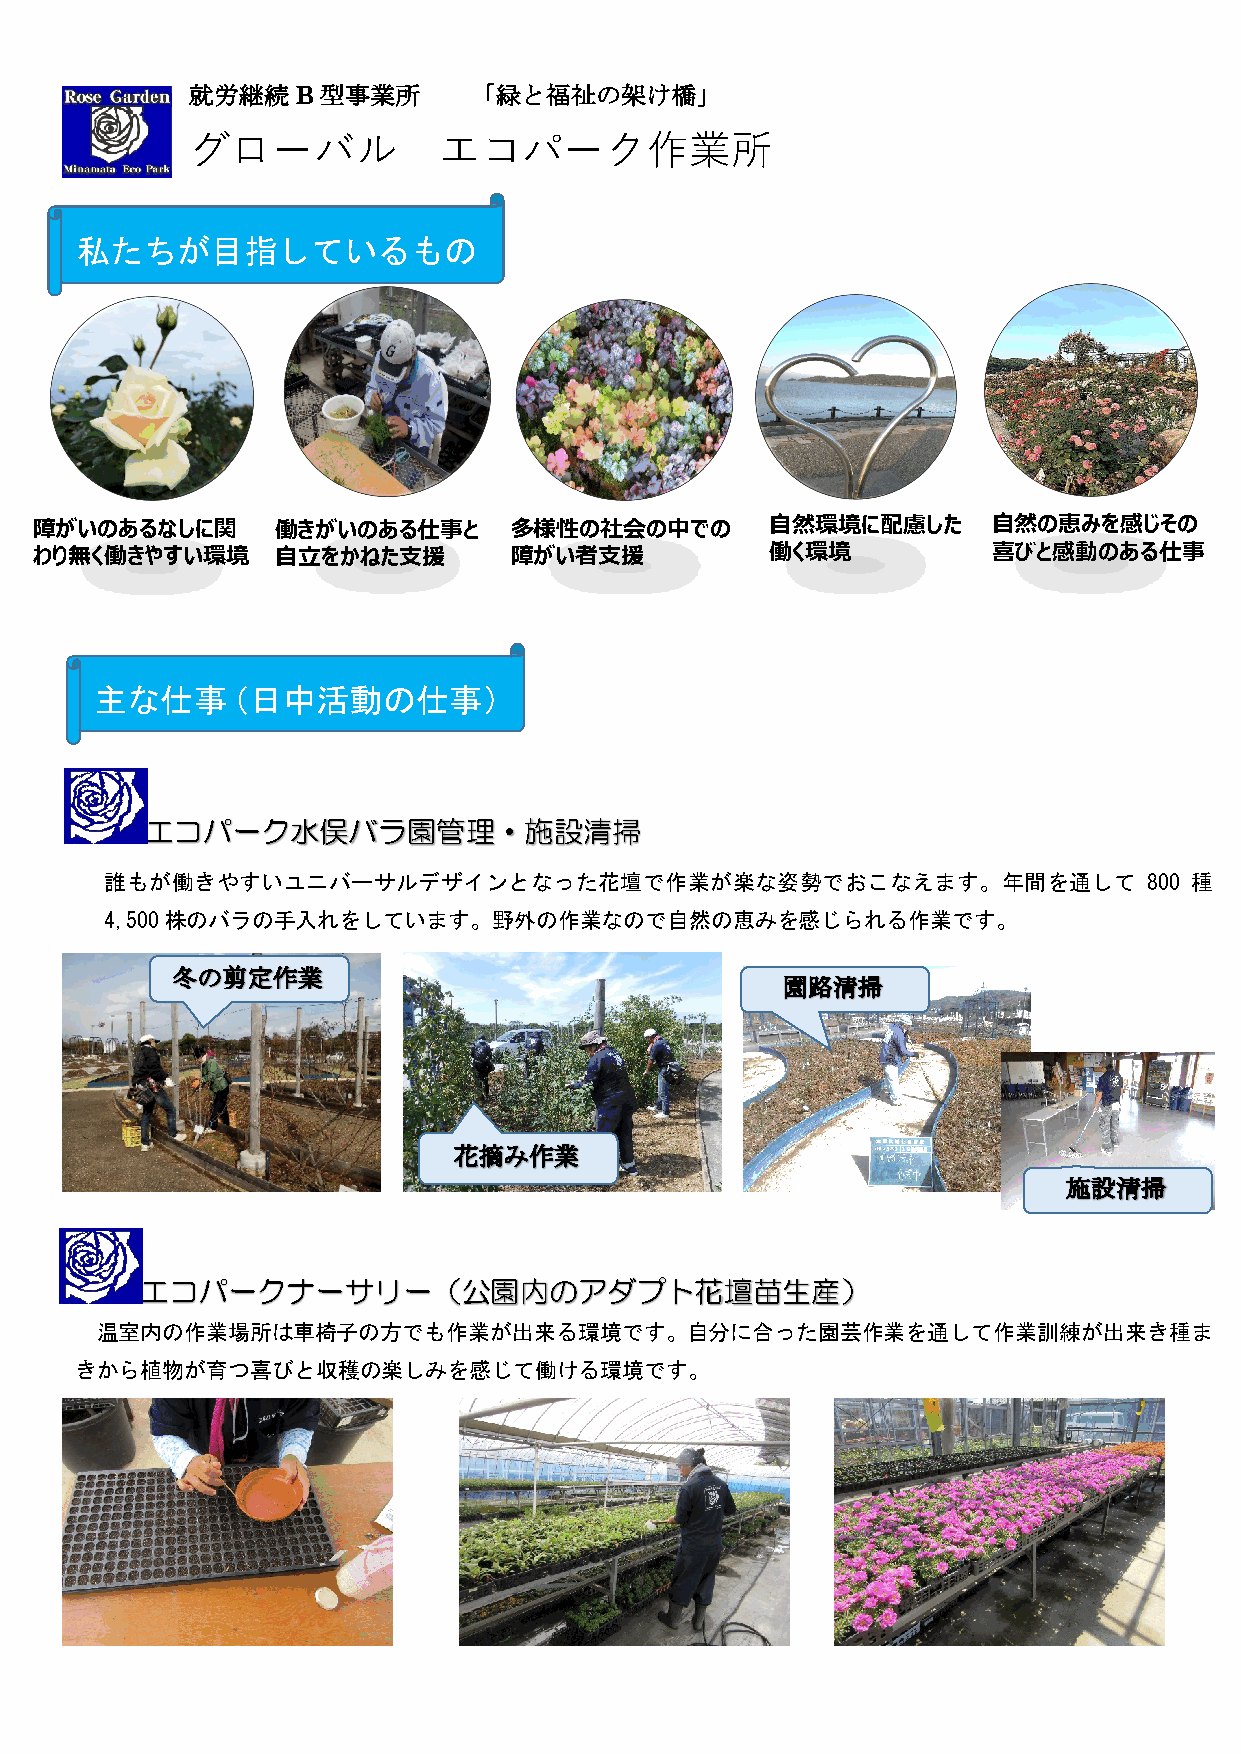
就労継続    B 型事業所     「緑と福祉の架け橋」
 グローバル            エコパーク作業所
 私たちが目指しているもの
 障がいのあるなしに関      働きがいのある仕事と      多様性の社会の中での       ⾃然環境に配慮した      ⾃然の恵みを感じその
 わり無く働きやすい環境     ⾃⽴をかねた⽀援        障がい者⽀援           働く環境           喜びと感動のある仕事
 主な仕事（日中活動の仕事）
 エコパーク水俣バラ園管理・施設清掃
 誰もが働きやすいユニバーサルデザインとなった花壇で作業が楽な姿勢でおこなえます。年間を通して                       800 種
 4,500株のバラの手入れをしています。野外の作業なので自然の恵みを感じられる作業です。
 エコパークナーサリー（公園内のアダプト花壇苗生産）
 温室内の作業場所は車椅子の方でも作業が出来る環境です。自分に合った園芸作業を通して作業訓練が出来き種ま
 きから植物が育つ喜びと収穫の楽しみを感じて働ける環境です。